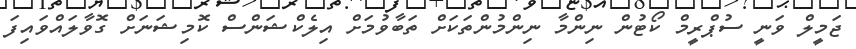
ޖަމީލް ވަނީ ސުޕްރީމް ކޯޓުން ނިންމާ ނިންމުންތަކަށް ތަބާވުމަށް އިލެކްޝަންސް ކޮމިޝަނަށް ގޮވާލައްވައިފަ